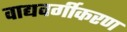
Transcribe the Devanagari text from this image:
वाद्यवर्गीकरण